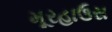
મૂરહાઉસ